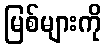
မြစ်များကို